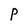
Character: P